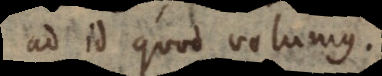
ad id quod volumus.